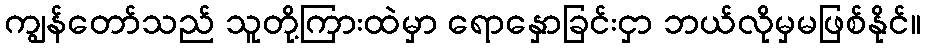
ကျွန်တော်သည် သူတို့ကြားထဲမှာ ရောနှောခြင်းငှာ ဘယ်လိုမှမဖြစ်နိုင်။